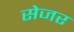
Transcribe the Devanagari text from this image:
सेजर